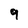
Character: 9